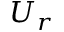
U _ { r }